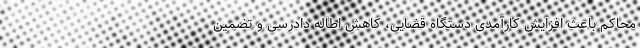
محاکم باعث افزایش کارآمدی دستگاه قضایی، کاهش اطاله دادرسی و تضمین